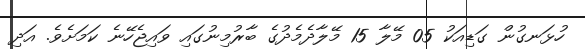
ހުޅަނގުން ގަޑިއަކު 05 މޭލާ 15 މޭލާދެމެދުގެ ބާރުމިނުގައި ވައިޖެހޭނެ ކަމަށެވެ. އަދި